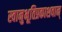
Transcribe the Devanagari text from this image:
स्वानुभूतिप्रकाशवान्